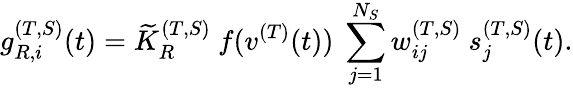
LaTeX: g_{R,i}^{(T,S)}(t)={\widetilde K}_{R}^{(T,S)}~f(v^{(T)}(t))~\sum_{j=1}^{N_{S}}w_{ij}^{(T,S)}~s_{j}^{(T,S)}(t).